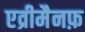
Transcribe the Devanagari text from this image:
एव्रीमैनफ़